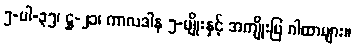
၅-ပါ-၃၅၊ ဋ္ဌ-၂၁၊ ကာလဒါန ၅-မျိုးနှင့် အကျိုးပြ ဂါထာများ။